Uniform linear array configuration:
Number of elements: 16
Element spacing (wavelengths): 0.75
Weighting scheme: exponential
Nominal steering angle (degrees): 15
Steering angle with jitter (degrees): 16.202
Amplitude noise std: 0.05
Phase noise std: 0.05

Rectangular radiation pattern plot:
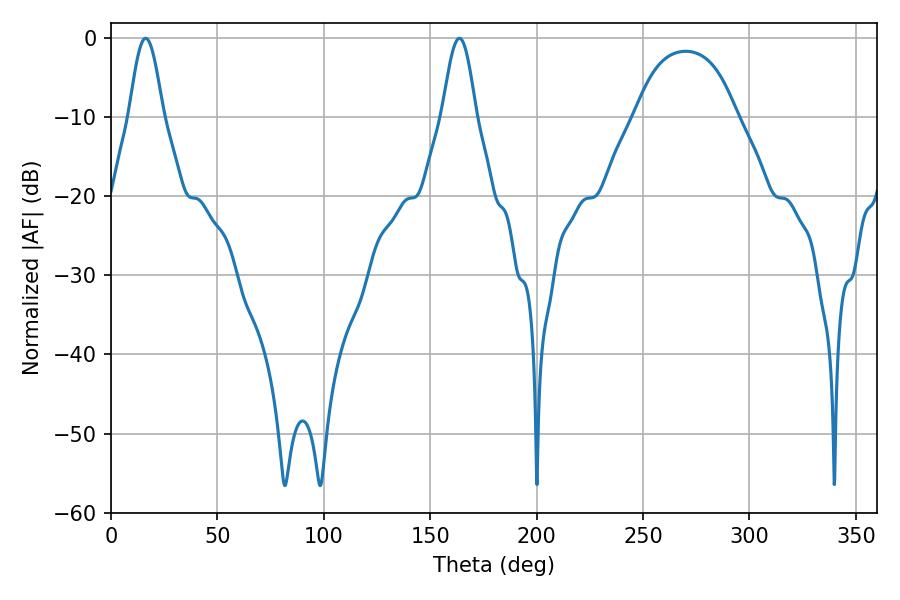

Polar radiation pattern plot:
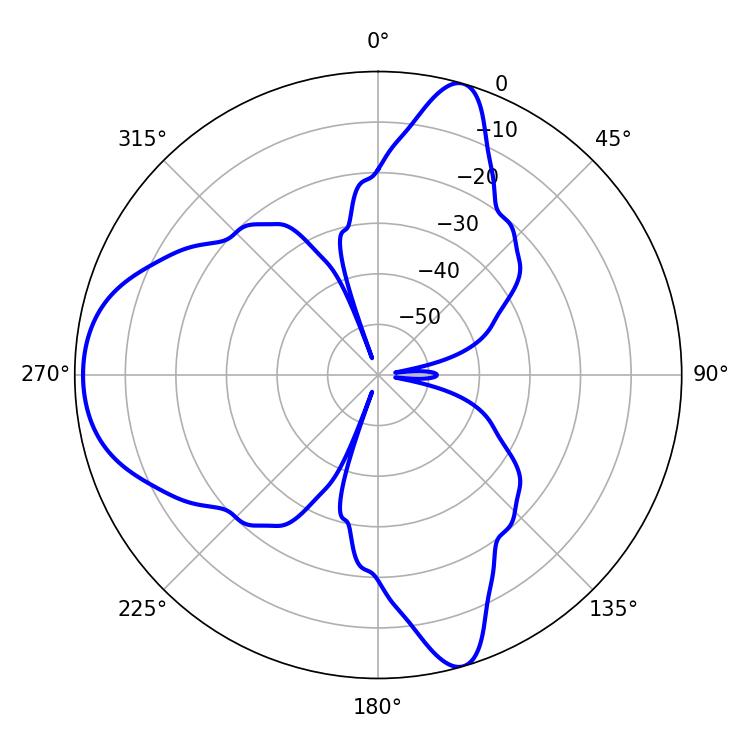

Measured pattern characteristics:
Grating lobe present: TRUE
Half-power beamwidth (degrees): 8.46
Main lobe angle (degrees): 16.2